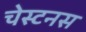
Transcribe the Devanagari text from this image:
चेस्टनस